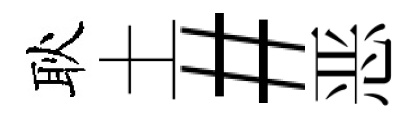
耿土#恶